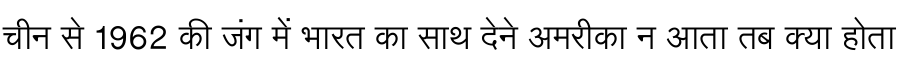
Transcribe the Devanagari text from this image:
चीन से 1962 की जंग में भारत का साथ देने अमरीका न आता तब क्या होता